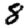
Digit: 8